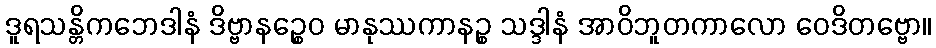
ဒူရသန္တိကဘေဒါနံ ဒိဗ္ဗာနဉ္စေဝ မာနုဿကာနဉ္စ သဒ္ဒါနံ အာဝိဘူတကာလော ဝေဒိတဗ္ဗော။